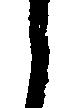
之